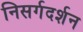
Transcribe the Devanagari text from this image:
निसर्गदर्शन